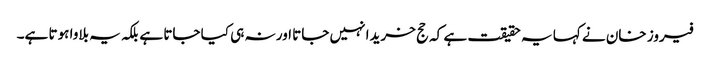
فیروز خان نے کہا یہ حقیقت ہے کہ حج خریدا نہیں جاتا اور نہ ہی کیا جاتا ہے بلکہ یہ بلاوا ہوتا ہے۔